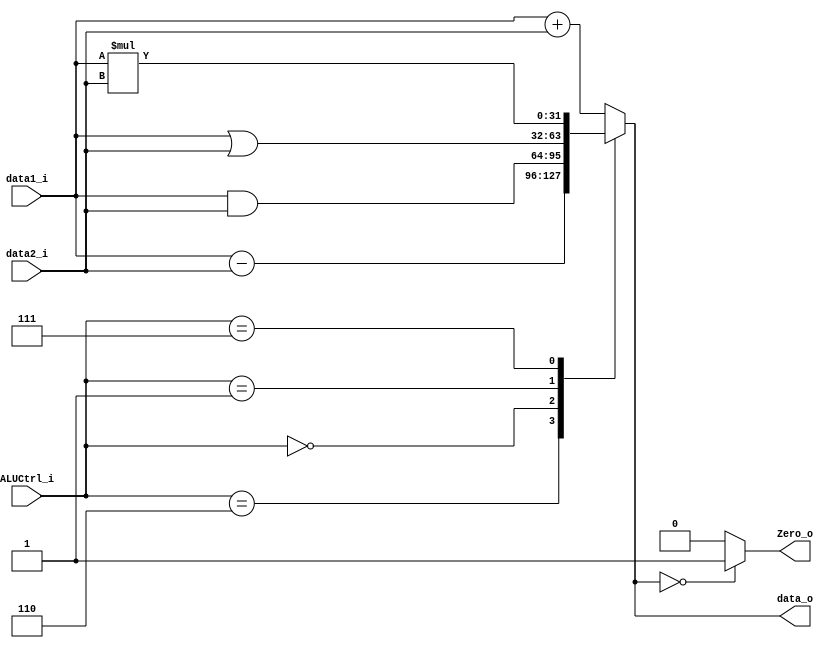
// ALU.v
module ALU(
	data1_i,
	data2_i,
	ALUCtrl_i,
	data_o, 
	Zero_o // not used
);
input [31:0] data1_i;
input [31:0] data2_i;
input [3:0] ALUCtrl_i;
output reg [31:0] data_o;
output Zero_o; // not used

parameter ALUCtrl_add = 4'b0010;
parameter ALUCtrl_sub = 4'b0110;
parameter ALUCtrl_and = 4'b0000;
parameter ALUCtrl_or = 4'b0001;
parameter ALUCtrl_mul = 4'b0111; //TODO : self-defined

assign Zero_o = (data_o == 32'b0)? 1'b1:1'b0; // not used

always @(*) begin
	case(ALUCtrl_i)
		ALUCtrl_add: data_o <= data1_i + data2_i;
		ALUCtrl_sub: data_o <= data1_i - data2_i;
		ALUCtrl_and: data_o <= data1_i & data2_i;
		ALUCtrl_or: data_o <= data1_i | data2_i;
		ALUCtrl_mul: data_o <= data1_i * data2_i;
		default: data_o <= data1_i + data2_i;
	endcase
end

endmodule